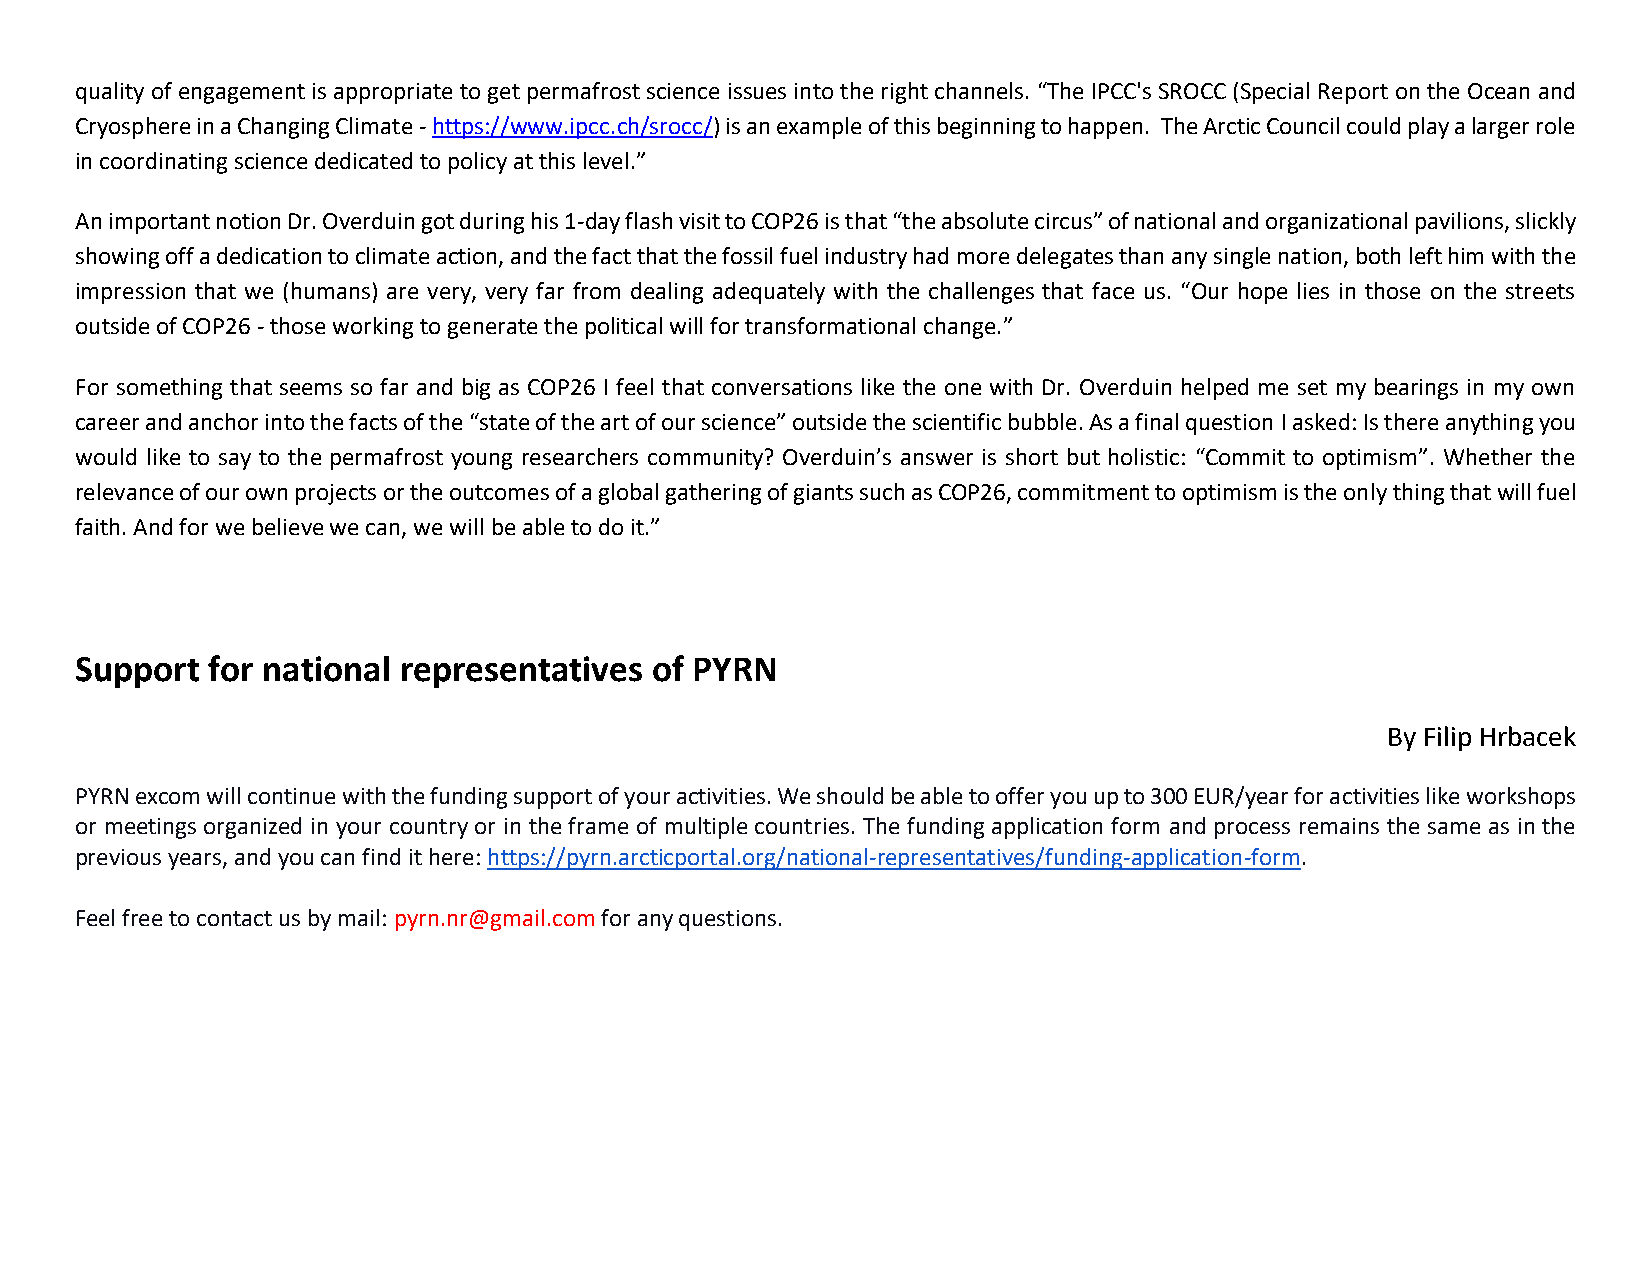
quality of engagement is appropriate to get permafrost science issues into the right channels. “The IPCC's SROCC (Special Report on the Ocean and
 Cryosphere in a Changing Climate - https://www.ipcc.ch/srocc/) is an example of this beginning to happen. The Arctic Council could play a larger role
 in coordinating science dedicated to policy at this level.”
 An important notion Dr. Overduin got during his 1-day flash visit to COP26 is that “the absolute circus” of national and organizational pavilions, slickly
 showing off a dedication to climate action, and the fact that the fossil fuel industry had more delegates than any single nation, both left him with the
 impression that we (humans) are very, very far from dealing adequately with the challenges that face us. “Our hope lies in those on the streets
 outside of COP26 - those working to generate the political will for transformational change.”
 For something that seems so far and big as COP26 I feel that conversations like the one with Dr. Overduin helped me set my bearings in my own
 career and anchor into the facts of the “state of the art of our science” outside the scientific bubble. As a final question I asked: Is there anything you
 would like to say to the permafrost young researchers community? Overduin’s answer is short but holistic: “Commit to optimism”. Whether the
 relevance of our own projects or the outcomes of a global gathering of giants such as COP26, commitment to optimism is the only thing that will fuel
 faith. And for we believe we can, we will be able to do it.”
 Support  for national representatives of PYRN
 By Filip Hrbacek
 PYRN excom will continue with the funding support of your activities. We should be able to offer you up to 300 EUR/year for activities like workshops
 or meetings organized in your country or in the frame of multiple countries. The funding application form and process remains the same as in the
 previous years, and you can find it here: https://pyrn.arcticportal.org/national-representatives/funding-application-form.
 Feel free to contact us by mail: pyrn.nr@gmail.com for any questions.